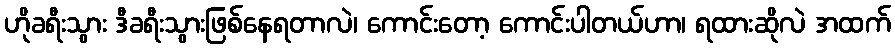
ဟိုခရီးသွား ဒီခရီးသွားဖြစ်နေရတာလဲ၊ ကောင်းတော့ ကောင်းပါတယ်ဟာ၊ ရထားဆိုလဲ အထက်